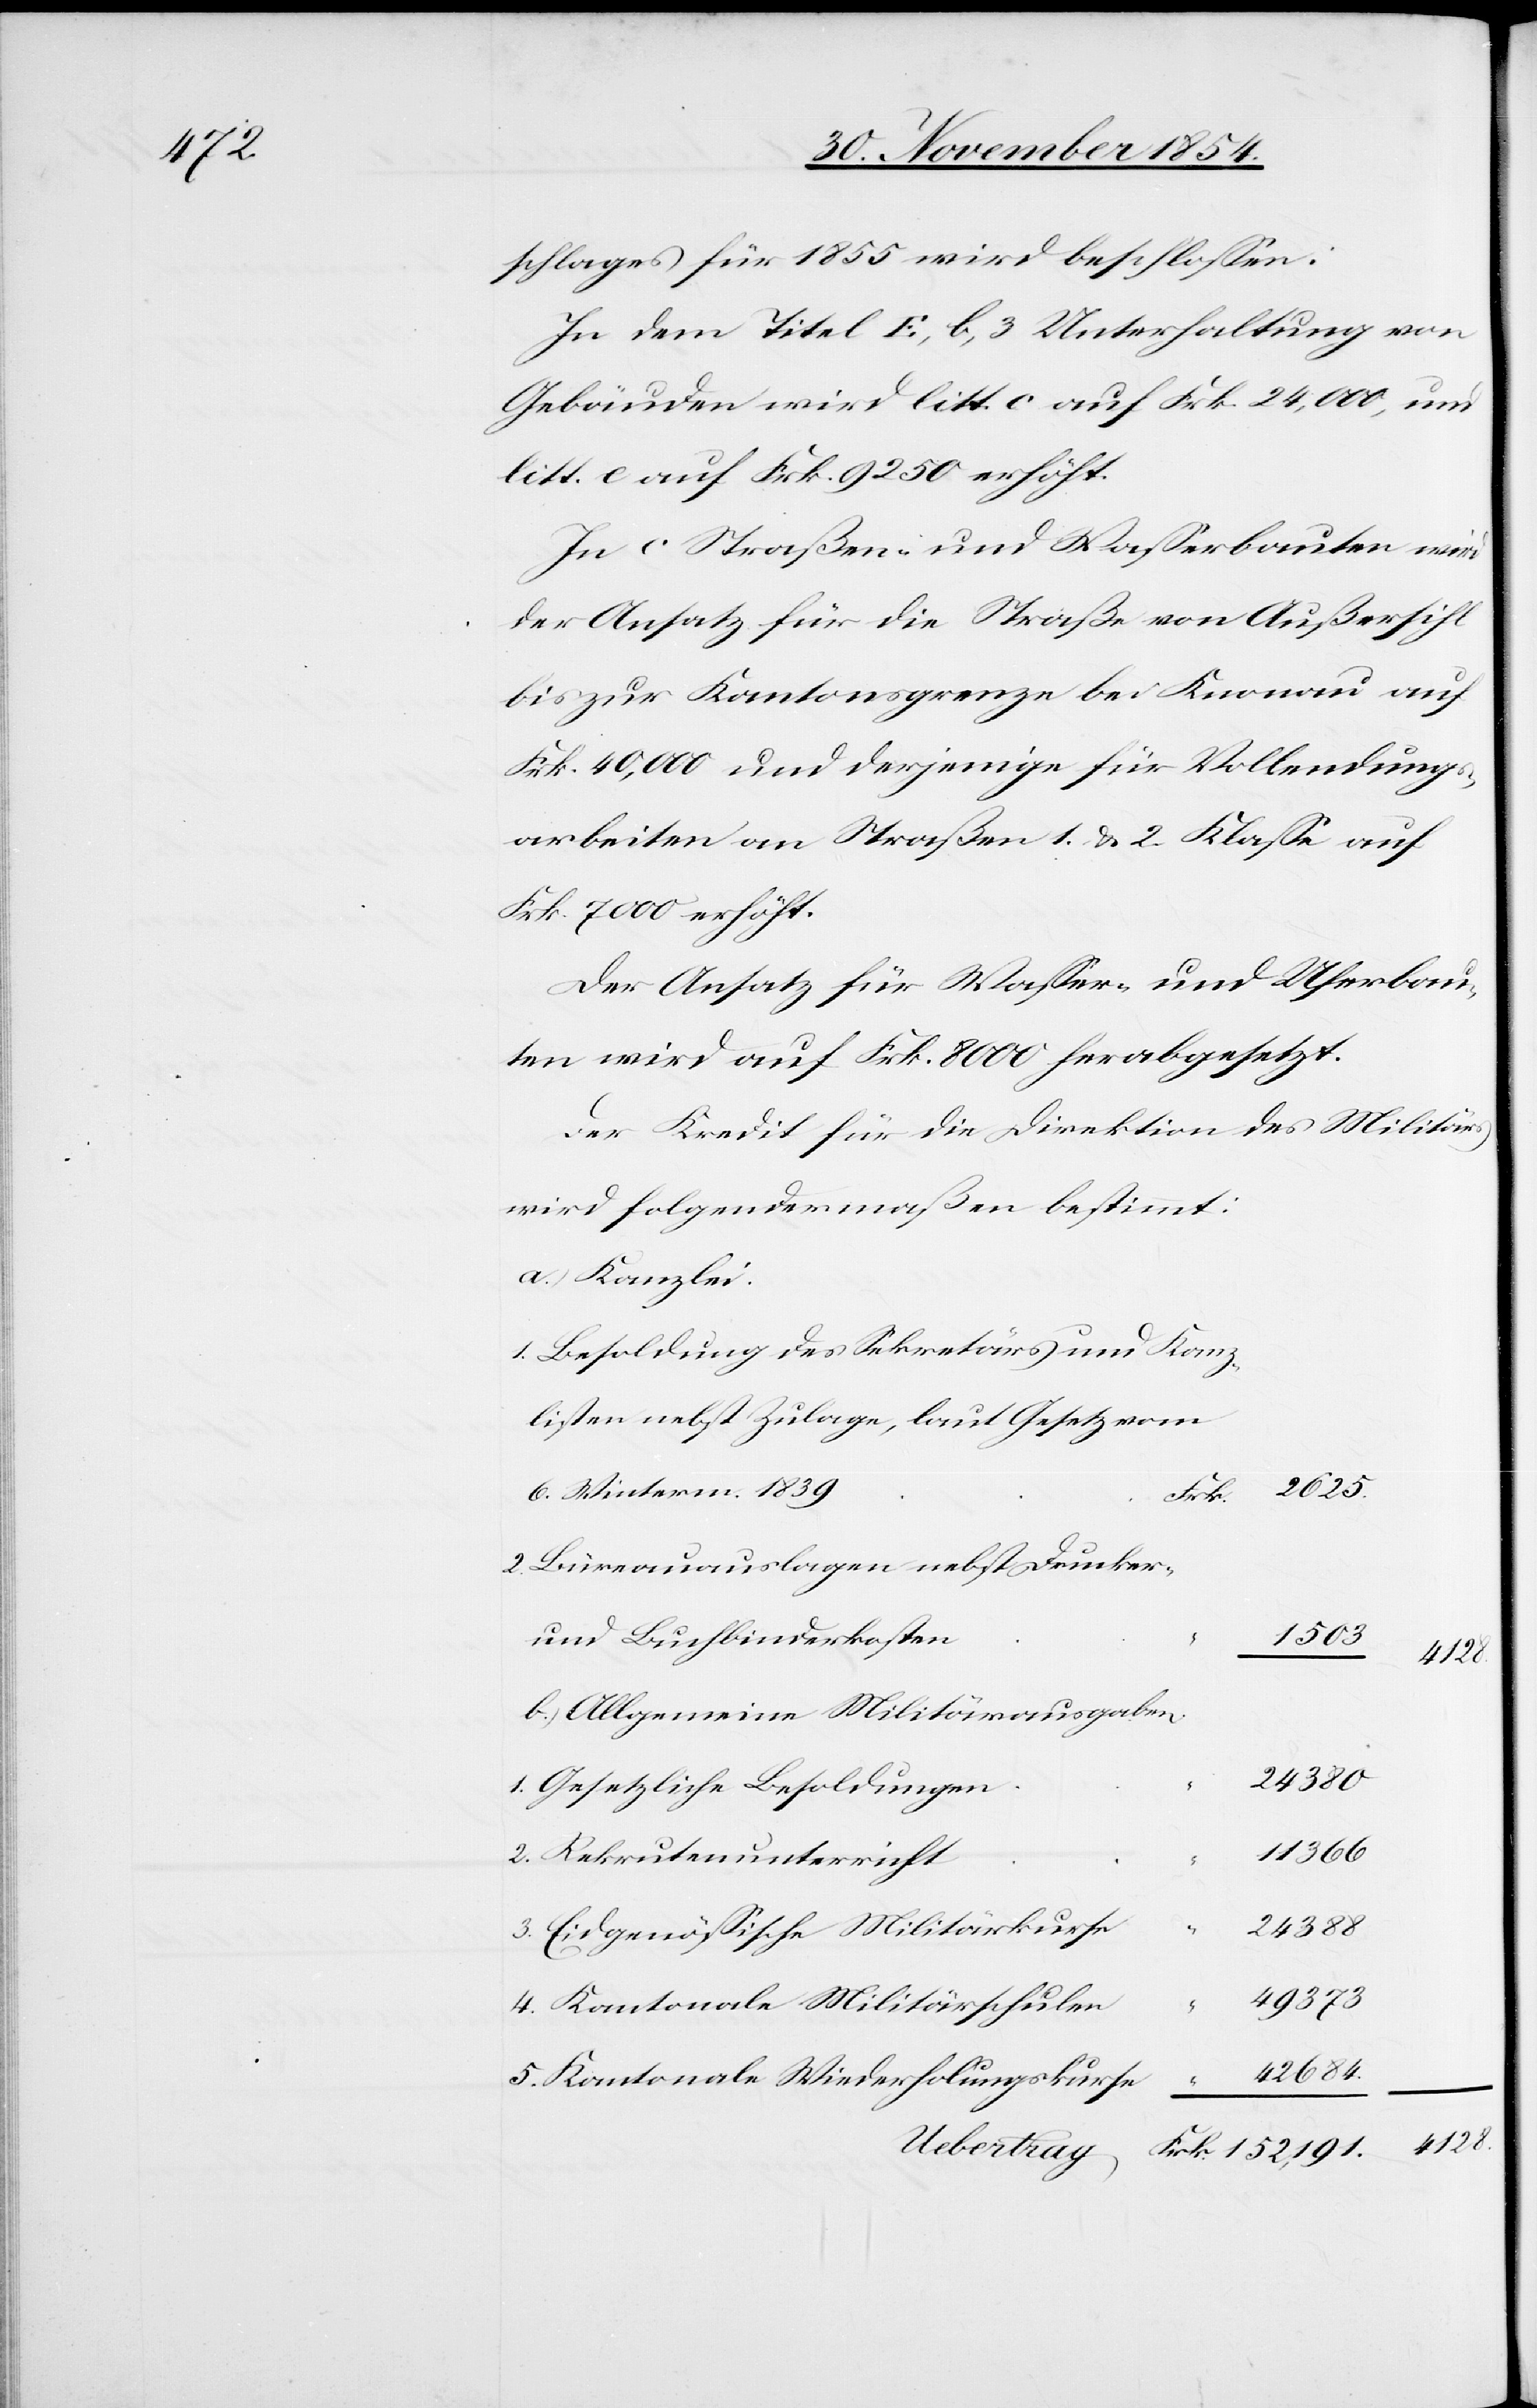
schlages für 1855 wird beschloßen:
In dem Titel E, b, 3 Unterhaltung von
Gebäuden wird litt. c auf Frk. 24,000, und
litt. e auf Frk. 9250 erhöht.
In c Straßen- und Waßerbauten wird
der Ansatz für die Straße von Außersihl
bis zur Kantonsgrenze bei Knonau auf
Frk. 40,000 und derjenige für Vollendungs¬
arbeiten an Straßen 1. & 2. Klaße auf
Frk. 7000 erhöht.
Der Ansatz für Waßer- und Uferbau¬
ten wird auf Frk. 8000 herabgesetzt.
Der Kredit für die Direktion des Militärs
wird folgendermaßen bestimmt:
a.) Kanzlei.
1. Besoldung des Sekretärs und Kanz¬
listen nebst Zulage, laut Gesetz vom
2625
6. Winterm. 1839
Frk.
2. Büreauauslagen nebst Drucker-
und Buchbinderkosten
1503
4128
b.) Allgemeine Militärausgaben
24 380
1. Gesetzliche Besoldungen
42 684
2. Rekrutenunterricht
24 388
3. Eidgenößische Militärkurse
49 373
4. Kantonale Militärschulen
5. Kantonale Wiederholungskurse